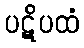
ပဋိပထံ